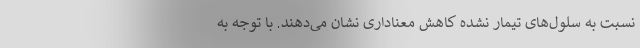
نسبت به سلول‌های تیمار نشده کاهش معناداری نشان می‌دهند. با توجه به